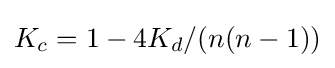
K_{c}=1-4K_{d}/(n(n-1))